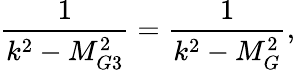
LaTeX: \frac{1}{k^{2}-M_{G3}^{2}}=\frac{1}{k^{2}-M_{G}^{2}},